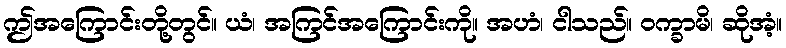
ဤအကြောင်းတို့တွင်။ ယံ၊ အကြင်အကြောင်းကို။ အဟံ၊ ငါသည်။ ဝက္ခာမိ၊ ဆိုအံ့။